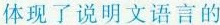
体现了说明文语言的